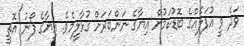
ވަދެ ވީ އުފަލެއްގެ ބޮޑުކަމުން އިޔާގެ ނަންބަރަށް ގުޅާލީމެވެ. އިޔާގެ ފޯނު އޮތީ